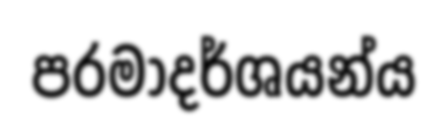
පරමාදර්ශයන්ය